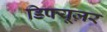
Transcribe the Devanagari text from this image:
डिफ्यूज़र